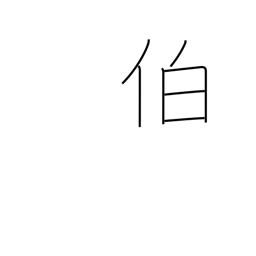
Meaning: chief